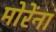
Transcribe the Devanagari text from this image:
मोरेंना